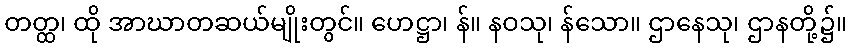
တတ္ထ၊ ထို အာဃာတဆယ်မျိုးတွင်။ ဟေဋ္ဌာ၊ န်။ နဝသု၊ န်သော။ ဌာနေသု၊ ဌာနတို့၌။